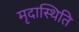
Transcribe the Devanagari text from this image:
मृदास्थिति